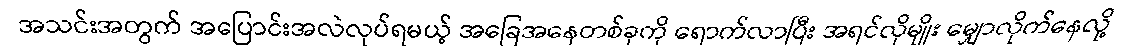
အသင်းအတွက် အပြောင်းအလဲလုပ်ရမယ့် အခြေအနေတစ်ခုကို ရောက်လာပြီး အရင်လိုမျိုး မျှောလိုက်နေလို့